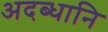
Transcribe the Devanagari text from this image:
अदब्धानि